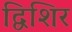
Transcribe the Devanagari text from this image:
द्विशिर